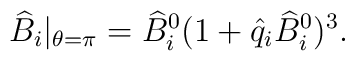
\widehat B_i|_{\theta=\pi}={\widehat B}_i^0(1+\hat q_i{\widehat B}_i^0)^3.